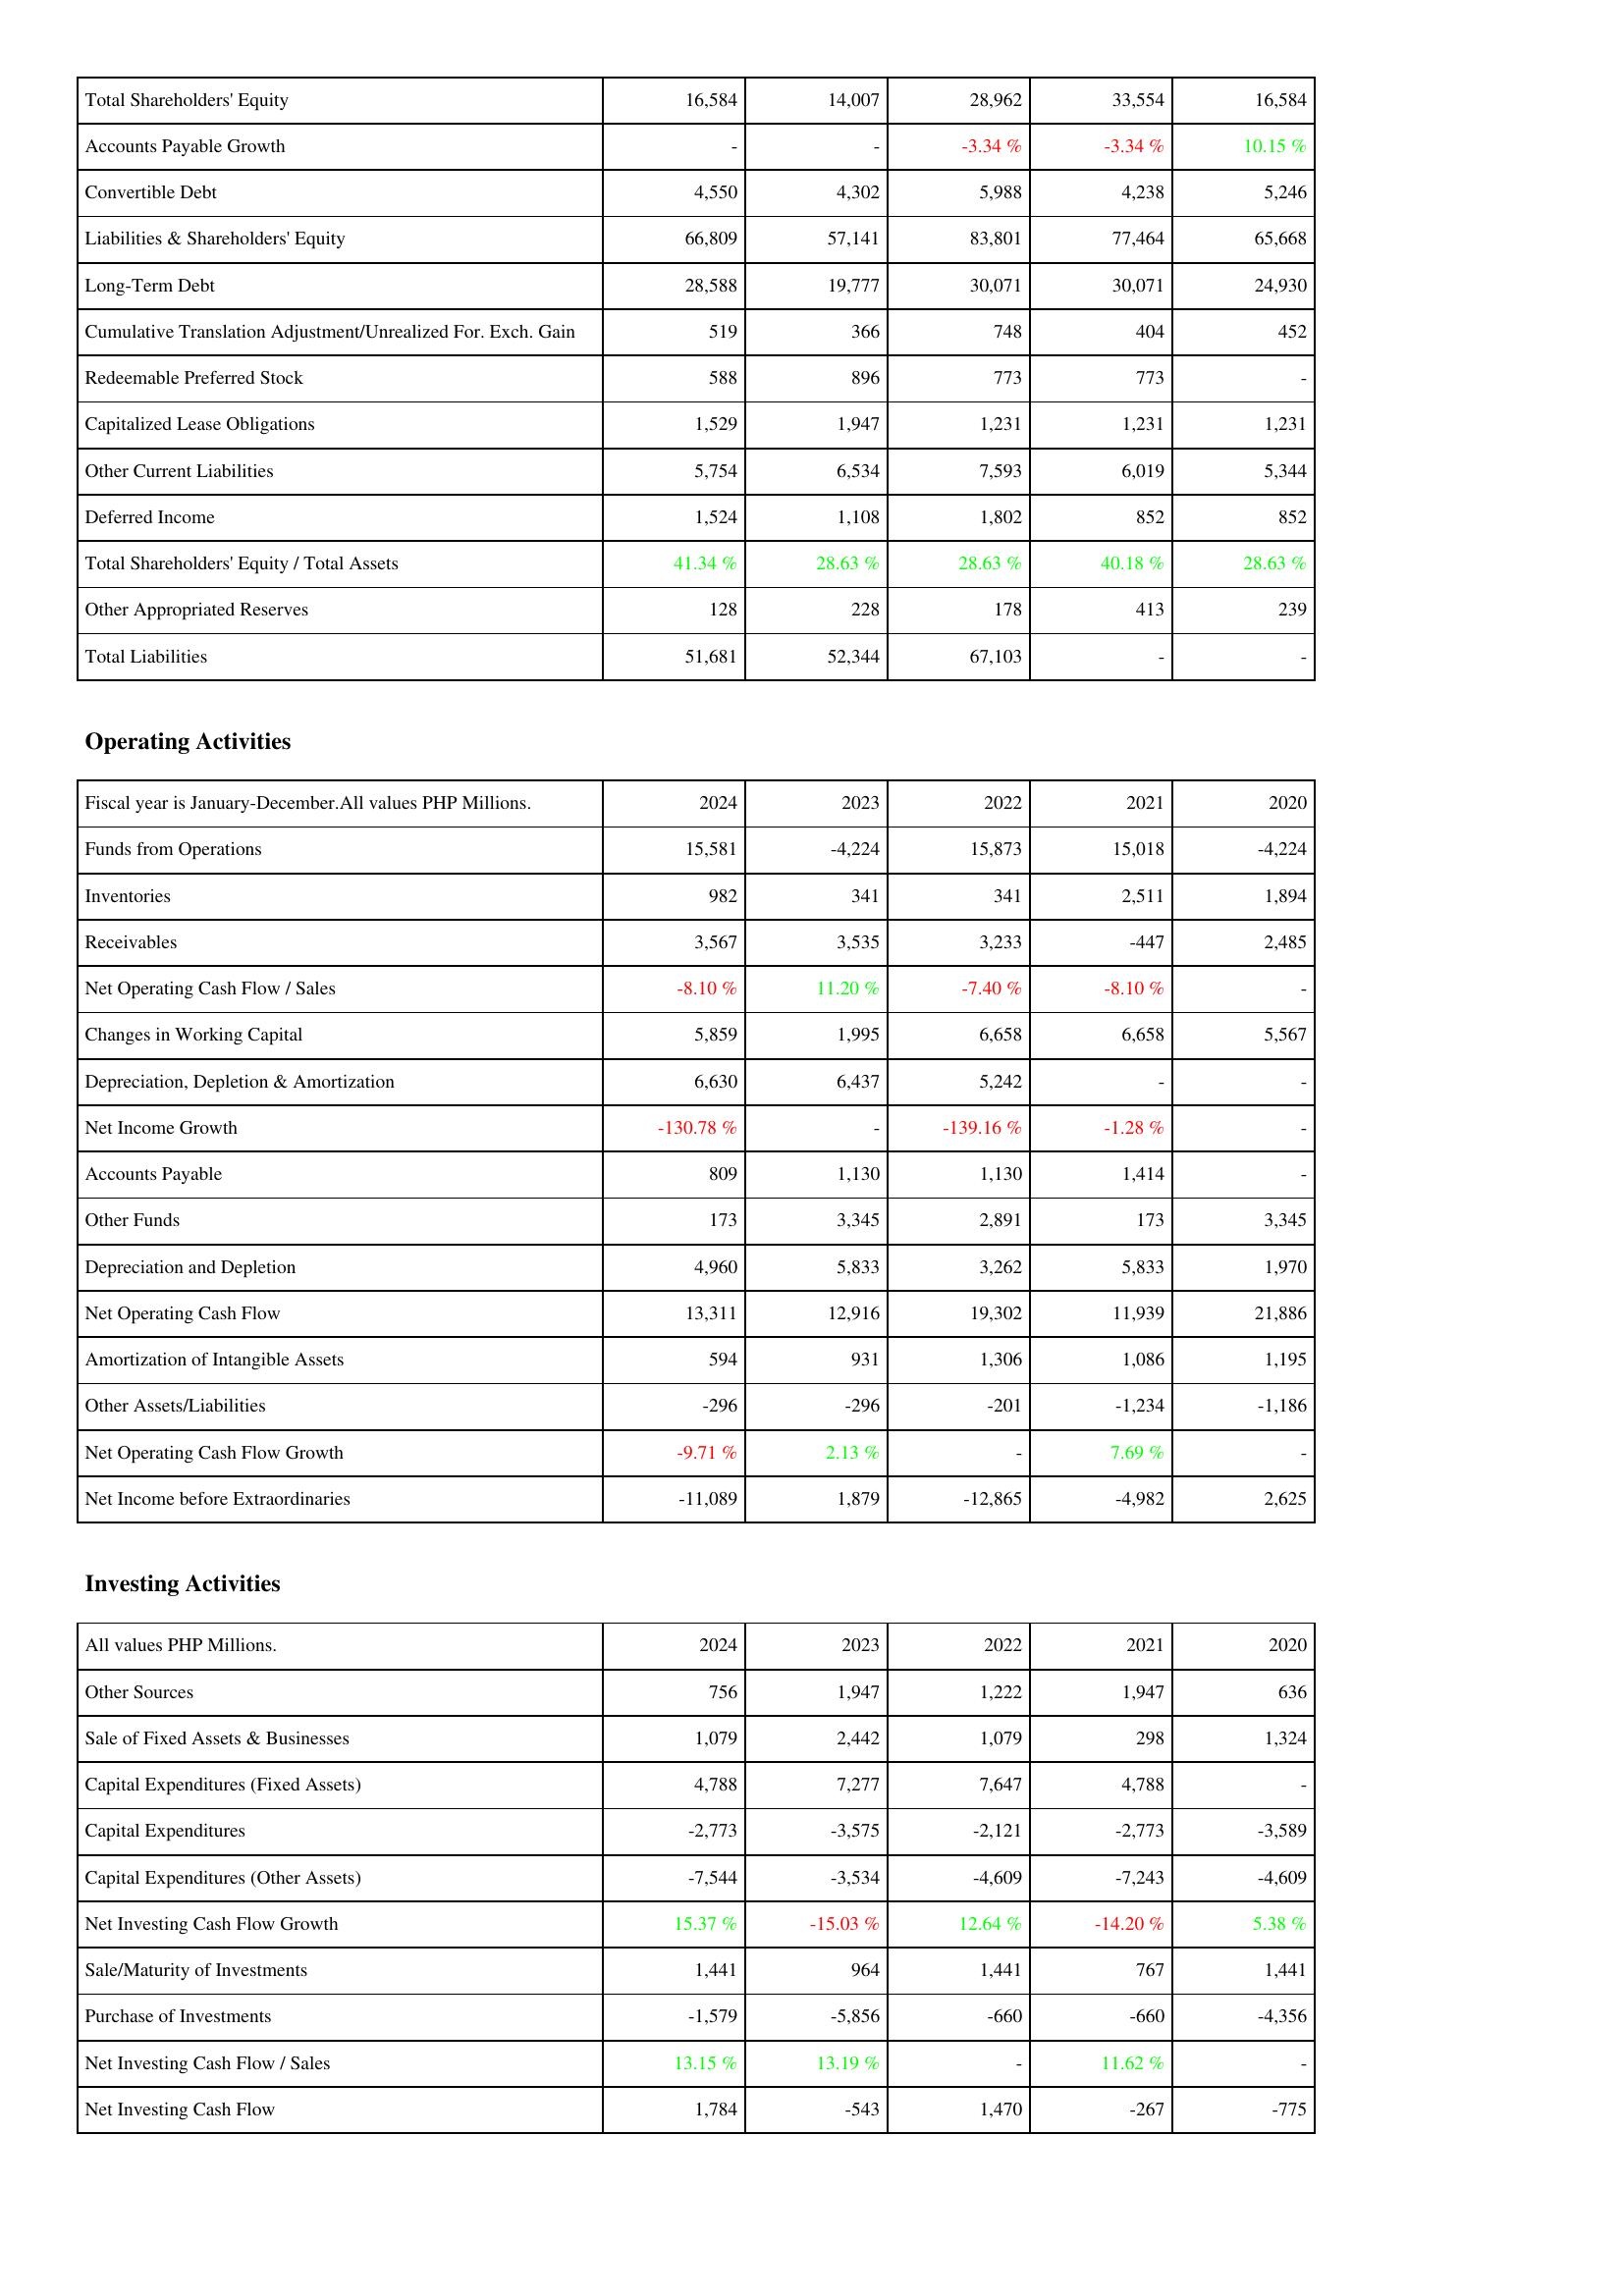
2024: Liabilities & Shareholders' Equity: Total Shareholders' Equity: 16,584
Accounts Payable Growth: -
Convertible Debt: 4,550
Liabilities & Shareholders' Equity: 66,809
Long-Term Debt: 28,588
Cumulative Translation Adjustment/Unrealized For. Exch. Gain: 519
Redeemable Preferred Stock: 588
Capitalized Lease Obligations: 1,529
Other Current Liabilities: 5,754
Deferred Income: 1,524
Total Shareholders' Equity / Total Assets: 41.34 %
Other Appropriated Reserves: 128
Total Liabilities: 51,681
Operating Activities: Funds from Operations: 15,581
Inventories: 982
Receivables: 3,567
Net Operating Cash Flow / Sales: -8.10 %
Changes in Working Capital: 5,859
Depreciation, Depletion & Amortization: 6,630
Net Income Growth: -130.78 %
Accounts Payable: 809
Other Funds: 173
Depreciation and Depletion: 4,960
Net Operating Cash Flow: 13,311
Amortization of Intangible Assets: 594
Other Assets/Liabilities: -296
Net Operating Cash Flow Growth: -9.71 %
Net Income before Extraordinaries: -11,089
Investing Activities: Other Sources: 756
Sale of Fixed Assets & Businesses: 1,079
Capital Expenditures (Fixed Assets): 4,788
Capital Expenditures: -2,773
Capital Expenditures (Other Assets): -7,544
Net Investing Cash Flow Growth: 15.37 %
Sale/Maturity of Investments: 1,441
Purchase of Investments: -1,579
Net Investing Cash Flow / Sales: 13.15 %
Net Investing Cash Flow: 1,784
2023: Liabilities & Shareholders' Equity: Total Shareholders' Equity: 14,007
Accounts Payable Growth: -
Convertible Debt: 4,302
Liabilities & Shareholders' Equity: 57,141
Long-Term Debt: 19,777
Cumulative Translation Adjustment/Unrealized For. Exch. Gain: 366
Redeemable Preferred Stock: 896
Capitalized Lease Obligations: 1,947
Other Current Liabilities: 6,534
Deferred Income: 1,108
Total Shareholders' Equity / Total Assets: 28.63 %
Other Appropriated Reserves: 228
Total Liabilities: 52,344
Operating Activities: Funds from Operations: -4,224
Inventories: 341
Receivables: 3,535
Net Operating Cash Flow / Sales: 11.20 %
Changes in Working Capital: 1,995
Depreciation, Depletion & Amortization: 6,437
Net Income Growth: -
Accounts Payable: 1,130
Other Funds: 3,345
Depreciation and Depletion: 5,833
Net Operating Cash Flow: 12,916
Amortization of Intangible Assets: 931
Other Assets/Liabilities: -296
Net Operating Cash Flow Growth: 2.13 %
Net Income before Extraordinaries: 1,879
Investing Activities: Other Sources: 1,947
Sale of Fixed Assets & Businesses: 2,442
Capital Expenditures (Fixed Assets): 7,277
Capital Expenditures: -3,575
Capital Expenditures (Other Assets): -3,534
Net Investing Cash Flow Growth: -15.03 %
Sale/Maturity of Investments: 964
Purchase of Investments: -5,856
Net Investing Cash Flow / Sales: 13.19 %
Net Investing Cash Flow: -543
2022: Liabilities & Shareholders' Equity: Total Shareholders' Equity: 28,962
Accounts Payable Growth: -3.34 %
Convertible Debt: 5,988
Liabilities & Shareholders' Equity: 83,801
Long-Term Debt: 30,071
Cumulative Translation Adjustment/Unrealized For. Exch. Gain: 748
Redeemable Preferred Stock: 773
Capitalized Lease Obligations: 1,231
Other Current Liabilities: 7,593
Deferred Income: 1,802
Total Shareholders' Equity / Total Assets: 28.63 %
Other Appropriated Reserves: 178
Total Liabilities: 67,103
Operating Activities: Funds from Operations: 15,873
Inventories: 341
Receivables: 3,233
Net Operating Cash Flow / Sales: -7.40 %
Changes in Working Capital: 6,658
Depreciation, Depletion & Amortization: 5,242
Net Income Growth: -139.16 %
Accounts Payable: 1,130
Other Funds: 2,891
Depreciation and Depletion: 3,262
Net Operating Cash Flow: 19,302
Amortization of Intangible Assets: 1,306
Other Assets/Liabilities: -201
Net Operating Cash Flow Growth: -
Net Income before Extraordinaries: -12,865
Investing Activities: Other Sources: 1,222
Sale of Fixed Assets & Businesses: 1,079
Capital Expenditures (Fixed Assets): 7,647
Capital Expenditures: -2,121
Capital Expenditures (Other Assets): -4,609
Net Investing Cash Flow Growth: 12.64 %
Sale/Maturity of Investments: 1,441
Purchase of Investments: -660
Net Investing Cash Flow / Sales: -
Net Investing Cash Flow: 1,470
2021: Liabilities & Shareholders' Equity: Total Shareholders' Equity: 33,554
Accounts Payable Growth: -3.34 %
Convertible Debt: 4,238
Liabilities & Shareholders' Equity: 77,464
Long-Term Debt: 30,071
Cumulative Translation Adjustment/Unrealized For. Exch. Gain: 404
Redeemable Preferred Stock: 773
Capitalized Lease Obligations: 1,231
Other Current Liabilities: 6,019
Deferred Income: 852
Total Shareholders' Equity / Total Assets: 40.18 %
Other Appropriated Reserves: 413
Total Liabilities: -
Operating Activities: Funds from Operations: 15,018
Inventories: 2,511
Receivables: -447
Net Operating Cash Flow / Sales: -8.10 %
Changes in Working Capital: 6,658
Depreciation, Depletion & Amortization: -
Net Income Growth: -1.28 %
Accounts Payable: 1,414
Other Funds: 173
Depreciation and Depletion: 5,833
Net Operating Cash Flow: 11,939
Amortization of Intangible Assets: 1,086
Other Assets/Liabilities: -1,234
Net Operating Cash Flow Growth: 7.69 %
Net Income before Extraordinaries: -4,982
Investing Activities: Other Sources: 1,947
Sale of Fixed Assets & Businesses: 298
Capital Expenditures (Fixed Assets): 4,788
Capital Expenditures: -2,773
Capital Expenditures (Other Assets): -7,243
Net Investing Cash Flow Growth: -14.20 %
Sale/Maturity of Investments: 767
Purchase of Investments: -660
Net Investing Cash Flow / Sales: 11.62 %
Net Investing Cash Flow: -267
2020: Liabilities & Shareholders' Equity: Total Shareholders' Equity: 16,584
Accounts Payable Growth: 10.15 %
Convertible Debt: 5,246
Liabilities & Shareholders' Equity: 65,668
Long-Term Debt: 24,930
Cumulative Translation Adjustment/Unrealized For. Exch. Gain: 452
Redeemable Preferred Stock: -
Capitalized Lease Obligations: 1,231
Other Current Liabilities: 5,344
Deferred Income: 852
Total Shareholders' Equity / Total Assets: 28.63 %
Other Appropriated Reserves: 239
Total Liabilities: -
Operating Activities: Funds from Operations: -4,224
Inventories: 1,894
Receivables: 2,485
Net Operating Cash Flow / Sales: -
Changes in Working Capital: 5,567
Depreciation, Depletion & Amortization: -
Net Income Growth: -
Accounts Payable: -
Other Funds: 3,345
Depreciation and Depletion: 1,970
Net Operating Cash Flow: 21,886
Amortization of Intangible Assets: 1,195
Other Assets/Liabilities: -1,186
Net Operating Cash Flow Growth: -
Net Income before Extraordinaries: 2,625
Investing Activities: Other Sources: 636
Sale of Fixed Assets & Businesses: 1,324
Capital Expenditures (Fixed Assets): -
Capital Expenditures: -3,589
Capital Expenditures (Other Assets): -4,609
Net Investing Cash Flow Growth: 5.38 %
Sale/Maturity of Investments: 1,441
Purchase of Investments: -4,356
Net Investing Cash Flow / Sales: -
Net Investing Cash Flow: -775